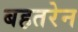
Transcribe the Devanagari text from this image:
बहतरेन